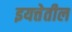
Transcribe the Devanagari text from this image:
इयत्तेतील